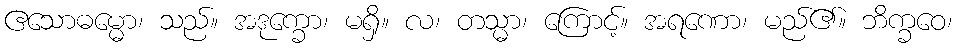
ဧသောဓမ္မော၊ သည်။ အဒုက္ခော၊ မရှိ။ လ၊ တသ္မာ၊ ကြောင့်။ အရဏော၊ မည်၏။ ဘိက္ခဝေ၊